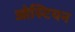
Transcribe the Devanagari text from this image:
ओस्टियन